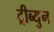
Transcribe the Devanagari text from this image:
ट्रीब्युन